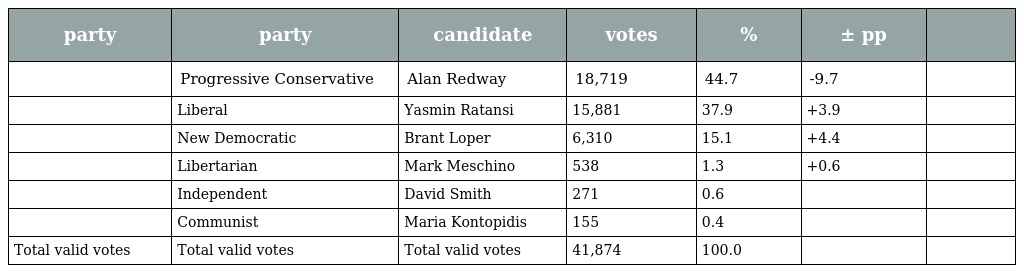
| party | party | candidate | votes | % | ± pp |  |
 | --- | --- | --- | --- | --- | --- | --- |
 |  | Progressive Conservative | Alan Redway | 18,719 | 44.7 | -9.7 |  |
 |  | Liberal | Yasmin Ratansi | 15,881 | 37.9 | +3.9 |  |
 |  | New Democratic | Brant Loper | 6,310 | 15.1 | +4.4 |  |
 |  | Libertarian | Mark Meschino | 538 | 1.3 | +0.6 |  |
 |  | Independent | David Smith | 271 | 0.6 |  |  |
 |  | Communist | Maria Kontopidis | 155 | 0.4 |  |  |
 | Total valid votes | Total valid votes | Total valid votes | 41,874 | 100.0 |  |  |